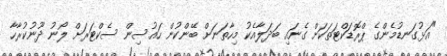
"އަޅުގަނޑުމެންގެ ޕްރޮޑަކްޓަތަކަށް ގެނައި ބަދަލާއެކު މިހާތަނަށް ބޭންކުން ހައުސިން ސެކްޓަރަށް ލޯނު ދޫނުކުރާހާ